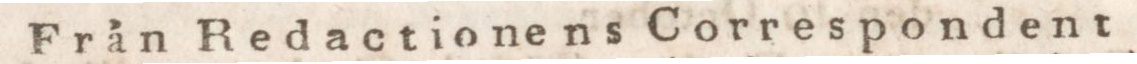
Från Redactionens Correspondent